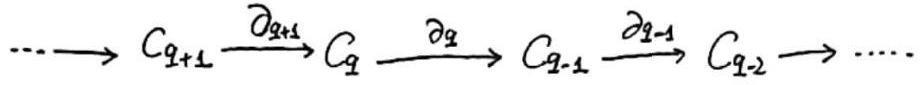
$\cdots \to C_{q + 1} \xrightarrow{\partial_{q+1}} C_{q} \xrightarrow{\partial_{q}} C_{q - 1} \xrightarrow{\partial_{q-1}} C_{q - 2} \to \cdots$